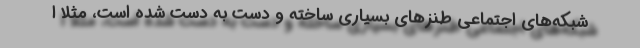
شبكه‌هاي اجتماعي طنزهاي بسياري ساخته و دست به دست شده است، مثلا ا